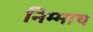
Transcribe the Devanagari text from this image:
निम्माच